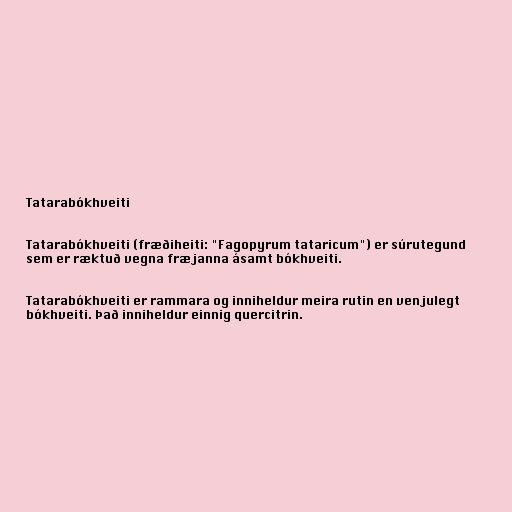
Tatarabókhveiti

Tatarabókhveiti (fræðiheiti: "Fagopyrum tataricum") er súrutegund
sem er ræktuð vegna fræjanna ásamt bókhveiti.

Tatarabókhveiti er rammara og inniheldur meira rutin en venjulegt
bókhveiti. Það inniheldur einnig quercitrin.